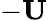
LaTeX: -\mathbf{U}